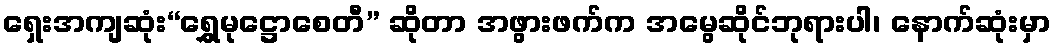
ရှေးအကျဆုံး“ရွှေမုဋ္ဌောစေတီ” ဆိုတာ အဖွားဖက်က အမွေဆိုင်ဘုရားပါ၊ နောက်ဆုံးမှာ